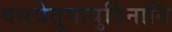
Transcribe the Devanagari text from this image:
वसन्नेतुमायुर्दिनानि